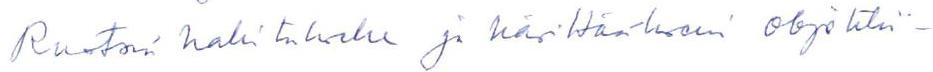
Ruotsin hallitukselle ja käsittääkseni objektii-